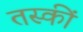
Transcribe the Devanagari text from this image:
तस्कीं